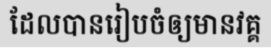
ដែលបានរៀបចំឲ្យមានវគ្គ